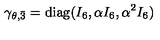
\gamma _ { \theta , \bar { 3 } } = \mathrm { d i a g } ( I _ { 6 } , \alpha I _ { 6 } , \alpha ^ { 2 } I _ { 6 } )